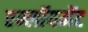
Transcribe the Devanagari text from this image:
एम्लॉयमेंट